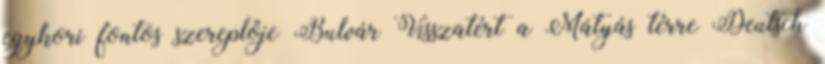
egykori fontos szereplője Bulvár Visszatért a Mátyás térre Deutsch